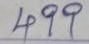
499